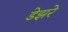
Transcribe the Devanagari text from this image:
डेझरे